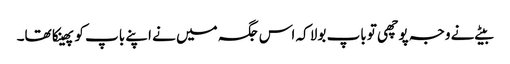
بیٹے نے وجہ پوچھی تو باپ بولا کہ اس جگہ میں نے اپنے باپ کو پھینکا تھا۔